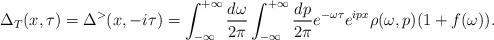
LaTeX: \begin{align*}\Delta_T (x,\tau) = \Delta^> (x,-i\tau)= \int_{-\infty}^{+\infty} \frac{d\omega}{2\pi} \int_{-\infty}^{+\infty} \frac{d p}{2\pi} e^{-\omega \tau} e^{i px} \rho(\omega,p)(1+f(\omega)). \end{align*}